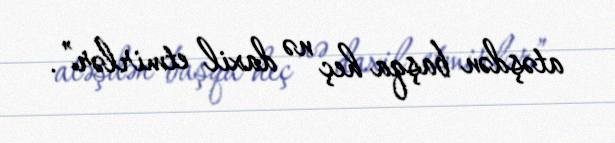
atəşdən başqa heç nə daxil etmirlər”.